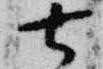
去